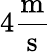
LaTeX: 4\mathrm{{\frac{m}{s}}}